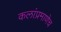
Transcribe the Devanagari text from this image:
कलांप्रमाणेच